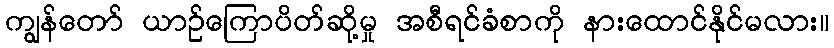
ကျွန်တော် ယာဉ်ကြောပိတ်ဆို့မှု အစီရင်ခံစာကို နားထောင်နိုင်မလား။